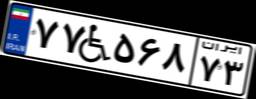
۷۷W۵۶۸۷۳